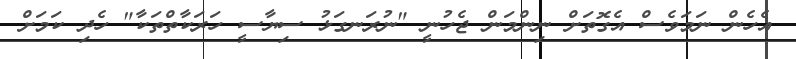
އެހެން ނަމަވެސް އެގޮތަށް ނިންމަން ޖެހުނީ "ނުރަނގަޅު ސިޔާސީ ހަރަކާތްތަކާ" ހެދި ކަމަށް